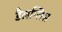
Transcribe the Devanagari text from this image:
डैलग्लिस